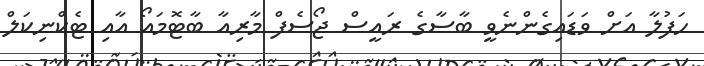
ހަފުލާ އަށް ވަޑައިގެންނެވީ ބާސާގެ ރައީސް ޖޯސެފް މާރިއާ ބާޓޮމައޯ އާއި ޓެކްނިކަލް